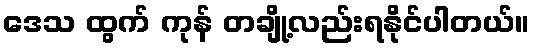
ဒေသ ထွက် ကုန် တချို့လည်းရနိုင်ပါတယ်။